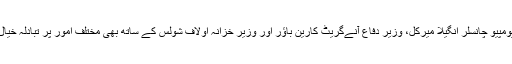
جمعے کو پومپیو چانسلر انگیلا میرکل، وزیر دفاع آنےگرَیٹ کارین باؤر اور وزیر خزانہ اولاف شولس کے ساتھ بھی مختلف امور پر تبادلہ خیال کریں گے۔